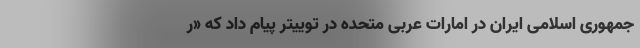
جمهوری اسلامی ایران در امارات عربی متحده در توییتر پیام داد که «ر